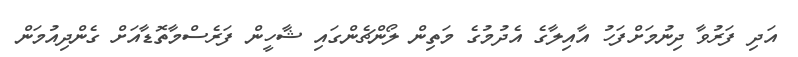
އަދި ފަރުވާ ދިނުމަށްފަހު އާއިލާގެ އެދުމުގެ މަތިން ލޯންޗެންގައި ޝާހީން ފަރެސްމާތޮޑާއަށް ގެންދިއުމަން